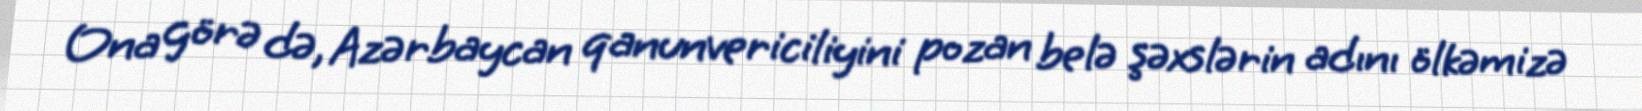
Ona görə də, Azərbaycan qanunvericiliyini pozan belə şəxslərin adını ölkəmizə